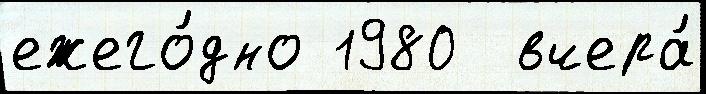
ежего́дно 1980  вчера́